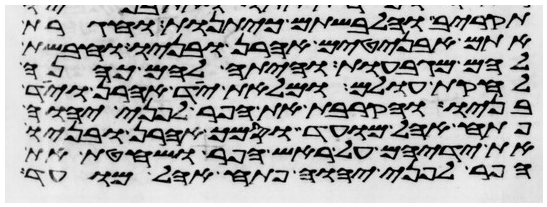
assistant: תקריב והלבשתם כיתנות וחגרת
אתם אבניטים אהרן ובניו וחבשת
להם מגבעות והיתה להם כהנה
לחקת עולם ומלאת יד אהרן ויד
בניו והקרבת את הפר לפני יהוה
פתח אהל מועד וסמך אהרן ובניו
את ידיהם על ראש הפר ושחטת את
הפר לפני יהוה פתח אהל מועד